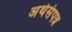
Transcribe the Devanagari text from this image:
अर्थसंपन्न